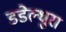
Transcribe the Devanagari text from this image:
डडेल्धुरा